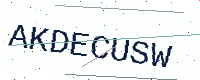
Text: AKDECUSW